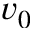
v _ { 0 }